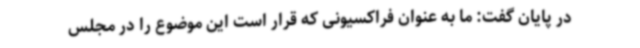
در پایان گفت: ما به عنوان فراکسیونی که قرار است این موضوع را در مجلس